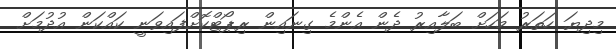
މިދިޔަ ހަތަރު މަހަށް ބަލާއިރު ދެން އެންމެ ގިނައިން ރިޕޯޓްކޮށްފައިވަނީ ކައްކަން އުދުމަށް